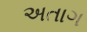
અતાગ